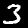
Label: 3